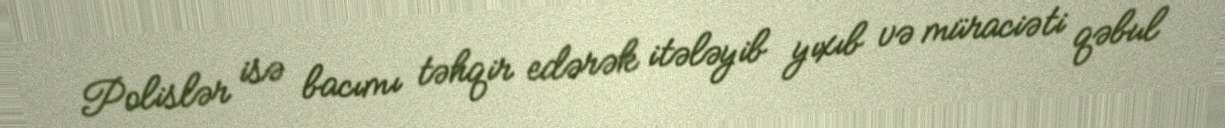
Polislər isə bacımı təhqir edərək itələyib yıxıb və müraciəti qəbul